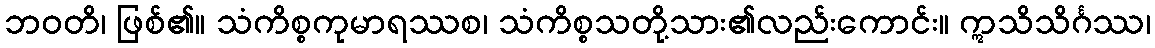
ဘဝတိ၊ ဖြစ်၏။ သံကိစ္စကုမာရဿစ၊ သံကိစ္စသတို့သား၏လည်းကောင်း။ ဣသိသိင်္ဂဿ၊